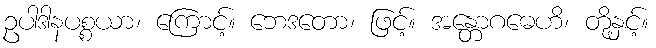
ဥပါဒါနပစ္စယာ၊ ကြောင့်။ ဘေဒတော၊ ဖြင့်။ အန္တောဂဓေဟိ၊ တို့နှင့်။